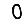
Digit: 0